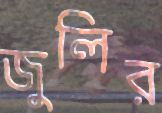
জুলির